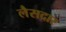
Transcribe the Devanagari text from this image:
लैसदार